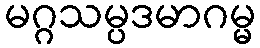
မဂ္ဂသမ္ပဒမာဂမ္မ